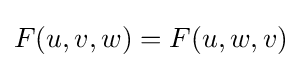
F(u,v,w)=F(u,w,v)